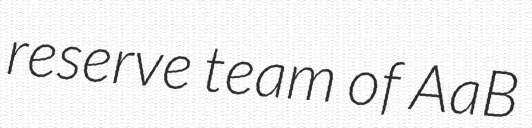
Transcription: reserve team of AaB